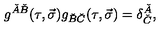
g ^ { \check { A } \check { B } } ( \tau , \vec { \sigma } ) g _ { \check { B } \check { C } } ( \tau , \vec { \sigma } ) = \delta _ { \check { C } } ^ { \check { A } } ,